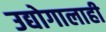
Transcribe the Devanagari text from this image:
उद्योगालाही